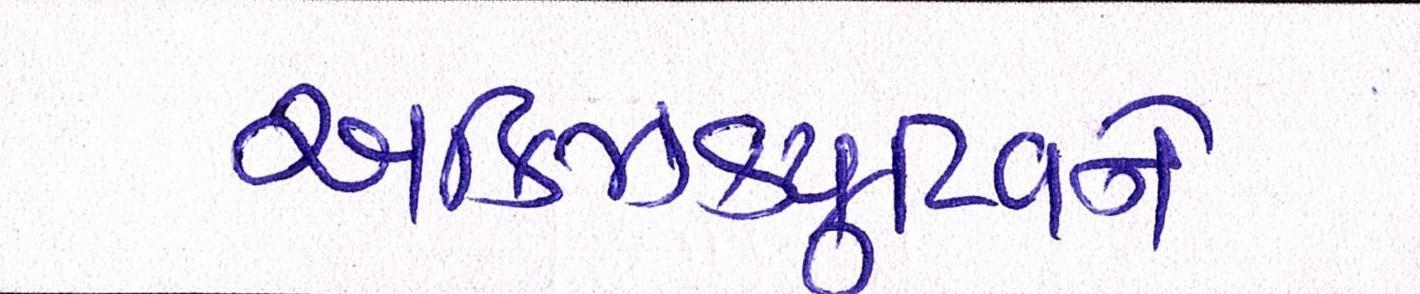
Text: એક્ઝિક્યુટિવને